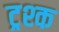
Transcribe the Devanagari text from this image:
ट्रश्क